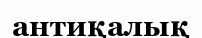
антиқалық